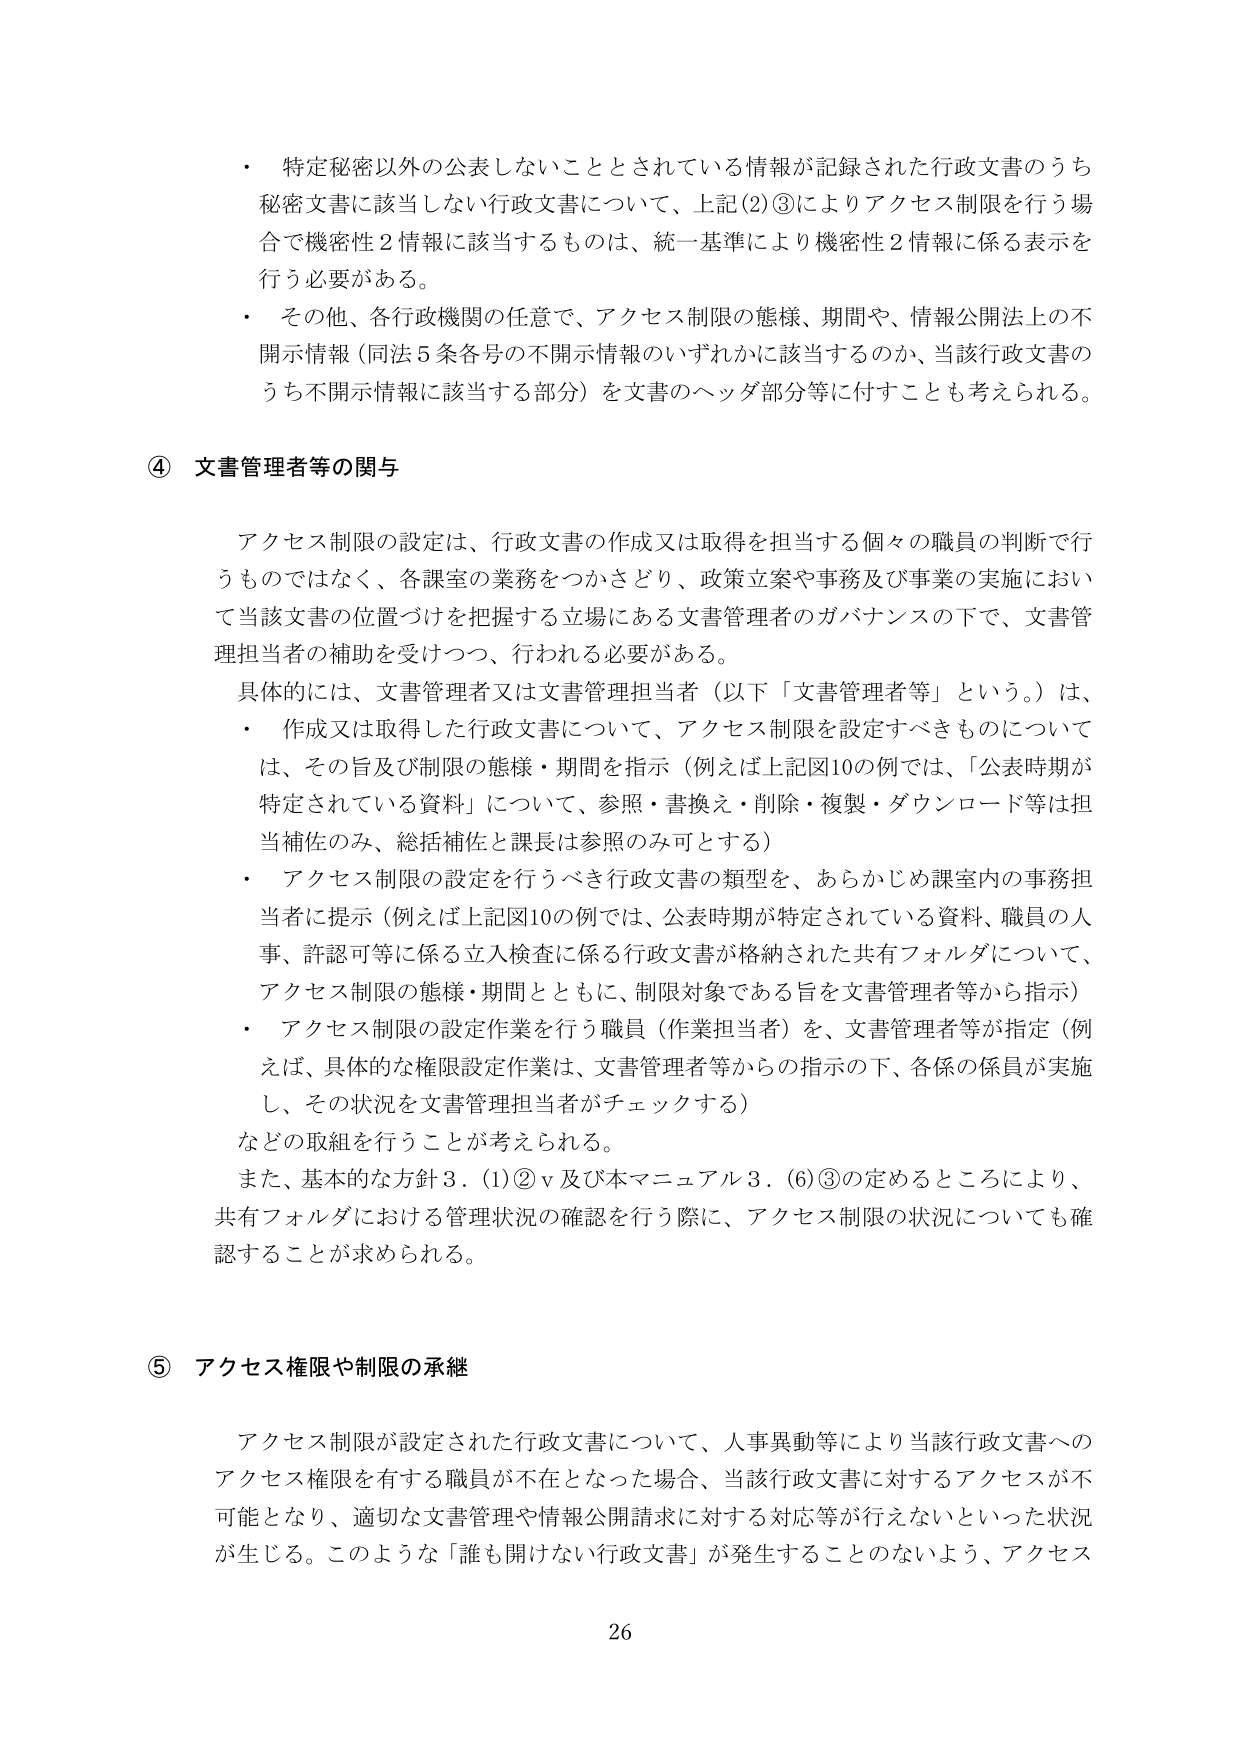
・ 特定秘密以外の公表しないこととされている情報が記録された行政文書のうち秘密文書に該当しない行政文書について、上記(2)③によりアクセス制限を行う場合で機密性2情報に該当するものは、統一基準により機密性2情報に係る表示を行う必要がある。

・ その他、各行政機関の任意で、アクセス制限の態様、期間や、情報公開法上の不開示情報（同法5条各号の不開示情報のいずれかに該当するのか、当該行政文書のうち不開示情報に該当する部分）を文書のヘッダ部分等に付すことも考えられる。

④ 文書管理者等の関与

アクセス制限の設定は、行政文書の作成又は取得を担当する個々の職員の判断で行うものではなく、各課室の業務をつかさどり、政策立案や事務及び事業の実施において当該文書の位置づけを把握する立場にある文書管理者のガバナンスの下で、文書管理担当者の補助を受けつつ、行われる必要がある。

具体的には、文書管理者又は文書管理担当者（以下「文書管理者等」という。）は、

・ 作成又は取得した行政文書について、アクセス制限を設定すべきものについては、その旨及び制限の態様・期間を指示（例えば上記図10の例では、「公表時期が特定されている資料」について、参照・書換え・削除・複製・ダウンロード等は担当補佐のみ、総括補佐と課長は参照のみ可とする）

・ アクセス制限の設定を行うべき行政文書の類型を、あらかじめ課室内の事務担当者に提示（例えば上記図10の例では、公表時期が特定されている資料、職員の人事、許認可等に係る立入検査に係る行政文書が格納された共有フォルダについて、アクセス制限の態様・期間とともに、制限対象である旨を文書管理者等から指示）

・ アクセス制限の設定作業を行う職員（作業担当者）を、文書管理者等が指定（例えば、具体的な権限設定作業は、文書管理者等からの指示の下、各係の係員が実施し、その状況を文書管理担当者がチェックする）

などの取組を行うことが考えられる。

また、基本的な方針3．(1)②v及び本マニュアル3．(6)③の定めるところにより、共有フォルダにおける管理状況の確認を行う際に、アクセス制限の状況についても確認することが求められる。

⑤ アクセス権限や制限の承継

アクセス制限が設定された行政文書について、人事異動等により当該行政文書へのアクセス権限を有する職員が不在となった場合、当該行政文書に対するアクセスが不可能となり、適切な文書管理や情報公開請求に対する対応等が行えないといった状況が生じる。このような「誰も開けない行政文書」が発生することのないよう、アクセス

26